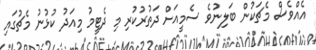
އެއްވެސް މެޗަކުން ބަލިނުވެ ސެމީއަށް ދަތުރުކުރި މި ދެޓީމު މިއަދު ކުޅުނު މެޗުގައި